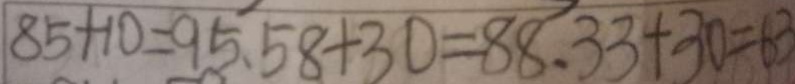
8 5 + 1 0 = 9 5 、 5 8 + 3 0 = 8 8 、 3 3 + 3 0 = 6 3